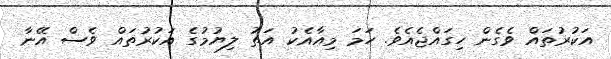
އަކުރުތައް ވެގެން ހިގައްޖެއެވެ. ހަމަ މިއާއެކު އަތު ލިޔުމުގެ އަކުރުތައް ވެސް އޭނާ